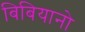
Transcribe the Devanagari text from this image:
बिबियानो